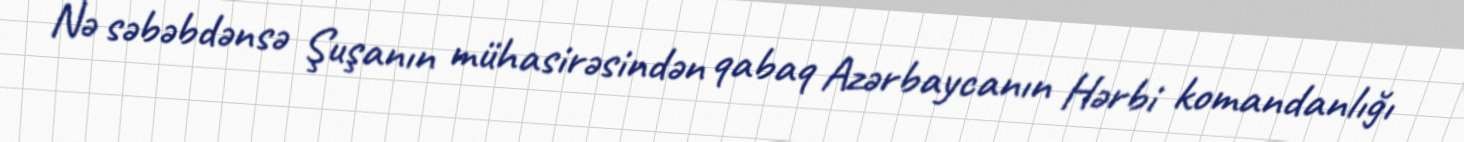
Nə səbəbdənsə Şuşanın mühasirəsindən qabaq Azərbaycanın Hərbi komandanlığı